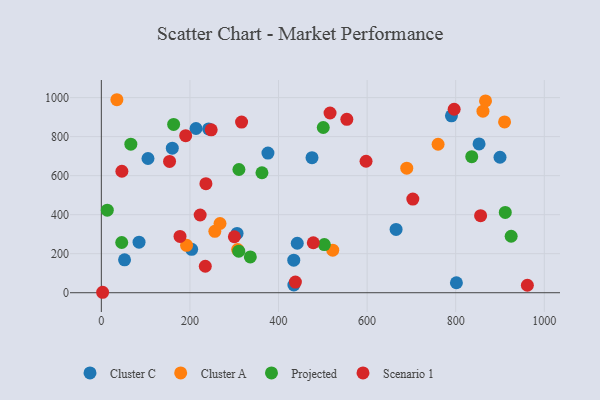
{"axis": {"x": "Speed", "y": "Sales"}, "legend": ["Cluster A", "Cluster C", "Projected", "Scenario 1"], "data": [{"x": "105.3", "y": 688.0, "type": "Cluster C"}, {"x": "85.1", "y": 259.2, "type": "Cluster C"}, {"x": "442.3", "y": 253.7, "type": "Cluster C"}, {"x": "306.4", "y": 304.1, "type": "Cluster C"}, {"x": "203.9", "y": 222.3, "type": "Cluster C"}, {"x": "900.0", "y": 694.4, "type": "Cluster C"}, {"x": "160.2", "y": 740.7, "type": "Cluster C"}, {"x": "52.4", "y": 168.5, "type": "Cluster C"}, {"x": "790.4", "y": 906.7, "type": "Cluster C"}, {"x": "852.7", "y": 762.7, "type": "Cluster C"}, {"x": "434.7", "y": 39.6, "type": "Cluster C"}, {"x": "801.6", "y": 51.1, "type": "Cluster C"}, {"x": "434.4", "y": 166.6, "type": "Cluster C"}, {"x": "665.4", "y": 324.4, "type": "Cluster C"}, {"x": "475.6", "y": 692.3, "type": "Cluster C"}, {"x": "242.2", "y": 839.5, "type": "Cluster C"}, {"x": "376.1", "y": 715.9, "type": "Cluster C"}, {"x": "213.7", "y": 841.8, "type": "Cluster C"}, {"x": "35.1", "y": 989.2, "type": "Cluster A"}, {"x": "861.5", "y": 930.4, "type": "Cluster A"}, {"x": "256.2", "y": 314.5, "type": "Cluster A"}, {"x": "689.5", "y": 638.3, "type": "Cluster A"}, {"x": "522.4", "y": 218.3, "type": "Cluster A"}, {"x": "307.7", "y": 221.0, "type": "Cluster A"}, {"x": "192.4", "y": 242.8, "type": "Cluster A"}, {"x": "910.3", "y": 875.5, "type": "Cluster A"}, {"x": "267.9", "y": 354.8, "type": "Cluster A"}, {"x": "867.3", "y": 983.2, "type": "Cluster A"}, {"x": "760.2", "y": 761.1, "type": "Cluster A"}, {"x": "501.0", "y": 846.9, "type": "Projected"}, {"x": "310.6", "y": 631.5, "type": "Projected"}, {"x": "836.2", "y": 697.1, "type": "Projected"}, {"x": "163.2", "y": 862.4, "type": "Projected"}, {"x": "13.4", "y": 423.0, "type": "Projected"}, {"x": "362.6", "y": 614.8, "type": "Projected"}, {"x": "911.9", "y": 411.8, "type": "Projected"}, {"x": "925.2", "y": 289.4, "type": "Projected"}, {"x": "336.3", "y": 183.7, "type": "Projected"}, {"x": "503.4", "y": 246.8, "type": "Projected"}, {"x": "46.0", "y": 257.5, "type": "Projected"}, {"x": "310.2", "y": 212.8, "type": "Projected"}, {"x": "66.6", "y": 761.6, "type": "Projected"}, {"x": "478.5", "y": 256.1, "type": "Scenario 1"}, {"x": "46.4", "y": 622.6, "type": "Scenario 1"}, {"x": "177.6", "y": 288.6, "type": "Scenario 1"}, {"x": "234.7", "y": 135.7, "type": "Scenario 1"}, {"x": "190.4", "y": 804.8, "type": "Scenario 1"}, {"x": "154.0", "y": 673.0, "type": "Scenario 1"}, {"x": "516.3", "y": 921.1, "type": "Scenario 1"}, {"x": "703.2", "y": 480.1, "type": "Scenario 1"}, {"x": "856.2", "y": 395.0, "type": "Scenario 1"}, {"x": "438.1", "y": 54.7, "type": "Scenario 1"}, {"x": "300.3", "y": 287.0, "type": "Scenario 1"}, {"x": "316.6", "y": 874.7, "type": "Scenario 1"}, {"x": "597.6", "y": 673.9, "type": "Scenario 1"}, {"x": "2.9", "y": 2.3, "type": "Scenario 1"}, {"x": "796.5", "y": 940.3, "type": "Scenario 1"}, {"x": "248.0", "y": 834.7, "type": "Scenario 1"}, {"x": "961.8", "y": 38.4, "type": "Scenario 1"}, {"x": "236.1", "y": 558.7, "type": "Scenario 1"}, {"x": "554.2", "y": 888.5, "type": "Scenario 1"}, {"x": "223.1", "y": 398.4, "type": "Scenario 1"}]}